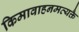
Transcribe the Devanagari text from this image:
किमावाहनमव्यक्तै